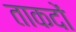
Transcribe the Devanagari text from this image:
ताकदों